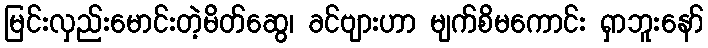
မြင်းလှည်းမောင်းတဲ့မိတ်ဆွေ၊ ခင်ဗျားဟာ မျက်စိမကောင်း ရှာဘူးနော်